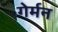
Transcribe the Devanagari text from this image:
गेर्मन